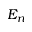
E _ { n }